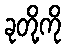
ခုတို့ကို